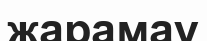
жарамау